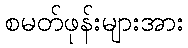
စမတ်ဖုန်းများအား